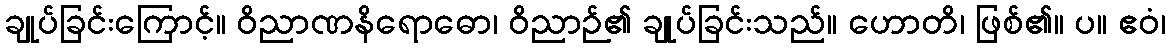
ချုပ်ခြင်းကြောင့်။ ဝိညာဏနိရောဓော၊ ဝိညာဉ်၏ ချုပ်ခြင်းသည်။ ဟောတိ၊ ဖြစ်၏။ ပ။ ဧဝံ၊